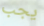
يجب